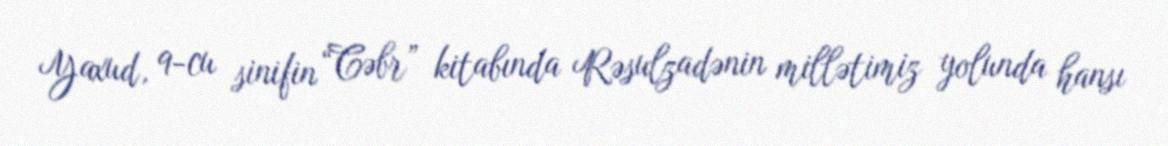
Yaxud, 9-cu sinifin “Cəbr” kitabında Rəsulzadənin millətimiz yolunda hansı